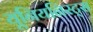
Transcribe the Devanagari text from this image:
यूनियनिस्ट्स